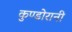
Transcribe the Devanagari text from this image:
कुण्‍डोरानी